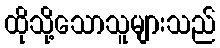
ထိုသို့သောသူများသည်